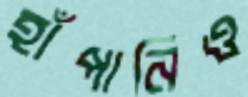
হাঁপানিও